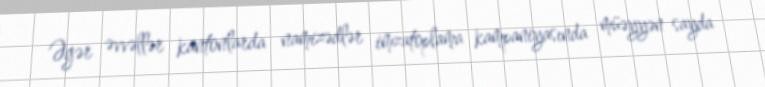
Əgər əvvəllər kantonlarda namizədlər imzatoplama kampaniyasında müəyyən sayda